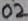
Text: 02